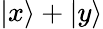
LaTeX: |x\rangle+|y\rangle